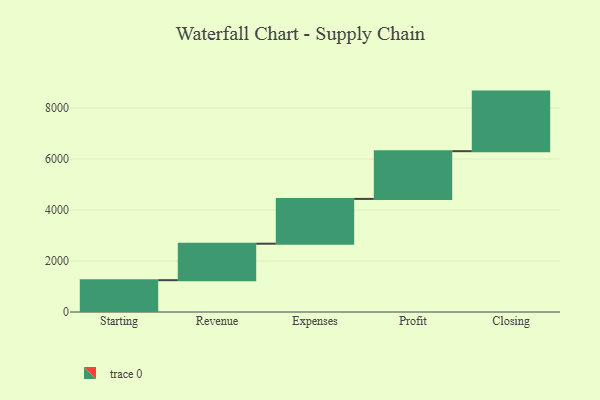
{"axis": {"x": "Step", "y": "Value"}, "legend": [""], "data": [{"x": "Starting", "y": 1248.0, "type": ""}, {"x": "Revenue", "y": 1431.0, "type": ""}, {"x": "Expenses", "y": 1757.0, "type": ""}, {"x": "Profit", "y": 1872.0, "type": ""}, {"x": "Closing", "y": 2337.0, "type": ""}]}